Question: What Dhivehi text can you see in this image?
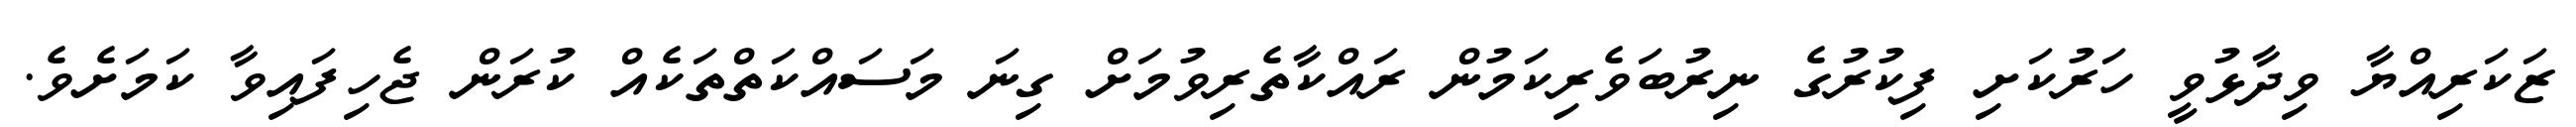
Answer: ޒަކަރިއްޔާ ވިދާޅުވީ ހަރުކަށި ފިކުރުގެ ނިރުބަވެރިކަމުން ރައްކާތެރިވުމަށް ގިނަ މަސައްކަތްތަކެއް ކުރަން ޖެހިފައިވާ ކަމަށެވެ.